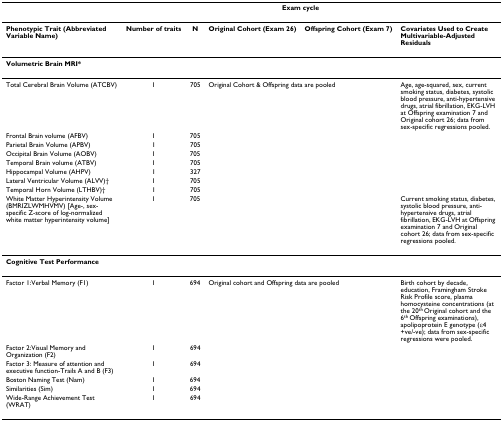
|  |  |  | <COLSPAN=2> Exam cycle |  |
 | --- | --- | --- | --- | --- | --- |
 | Phenotypic Trait (Abbreviated Variable Name) | Number of traits | N | Original Cohort (Exam 26) | Offspring Cohort (Exam 7) | Covariates Used to Create Multivariable-Adjusted Residuals |
 | <COLSPAN=6> Volumetric Brain MRI* |
 | Total Cerebral Brain Volume (ATCBV) | 1 | 705 | <COLSPAN=2> Original Cohort & Offspring data are pooled | Age, age-squared, sex, current smoking status, diabetes, systolic blood pressure, anti-hypertensive drugs, atrial fibrillation, EKG-LVH at Offspring examination 7 and Original cohort 26; data from sex-specific regressions pooled. |
 | Frontal Brain volume (AFBV) | 1 | 705 |  |  |  |
 | Parietal Brain Volume (APBV) | 1 | 705 |  |  |  |
 | Occipital Brain Volume (AOBV) | 1 | 705 |  |  |  |
 | Temporal Brain volume (ATBV) | 1 | 705 |  |  |  |
 | Hippocampal Volume (AHPV) | 1 | 327 |  |  |  |
 | Lateral Ventricular Volume (ALVV)† | 1 | 705 |  |  |  |
 | Temporal Horn Volume (LTHBV)† | 1 | 705 |  |  |  |
 | White Matter Hyperintensity Volume (BMRIZLWMHVMV) [Age-, sex-specific Z-score of log-normalized white matter hyperintensity volume] | 1 | 705 |  |  | Current smoking status, diabetes, systolic blood pressure, anti-hypertensive drugs, atrial fibrillation, EKG-LVH at Offspring examination 7 and Original cohort 26; data from sex-specific regressions pooled. |
 | <COLSPAN=6> Cognitive Test Performance |
 | Factor 1:Verbal Memory (F1) | 1 | 694 | <COLSPAN=2> Original cohort and Offspring data are pooled | Birth cohort by decade, education, Framingham Stroke Risk Profile score, plasma homocysteine concentrations (at the 20th Original cohort and the 6th Offspring examinations), apolipoprotein E genotype (ε4 +ve/-ve); data from sex-specific regressions were pooled. |
 | Factor 2:Visual Memory and Organization (F2) | 1 | 694 |  |  |  |
 | Factor 3: Measure of attention and executive function-Trails A and B (F3) | 1 | 694 |  |  |  |
 | Boston Naming Test (Nam) | 1 | 694 |  |  |  |
 | Similarities (Sim) | 1 | 694 |  |  |  |
 | Wide-Range Achievement Test (WRAT) | 1 | 694 |  |  |  |